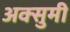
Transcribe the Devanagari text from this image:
अक्सुमी